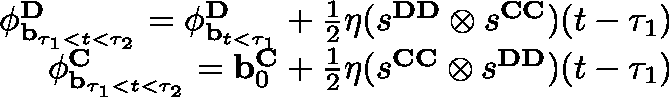
\begin{array} { r } { \mathbf { \phi } _ { \mathbf { b } _ { \tau _ { 1 } < t < \tau _ { 2 } } } ^ { \mathbf { D } } = \mathbf { \phi } _ { \mathbf { b } _ { t < \tau _ { 1 } } } ^ { \mathbf { D } } + \frac { 1 } { 2 } \eta ( s ^ { \mathbf { D D } } \otimes s ^ { \mathbf { C C } } ) ( t - \tau _ { 1 } ) } \\ { \mathbf { \phi } _ { \mathbf { b } _ { \tau _ { 1 } < t < \tau _ { 2 } } } ^ { \mathbf { C } } = \mathbf { b } _ { 0 } ^ { \mathbf { C } } + \frac { 1 } { 2 } \eta ( s ^ { \mathbf { C C } } \otimes s ^ { \mathbf { D D } } ) ( t - \tau _ { 1 } ) } \end{array}